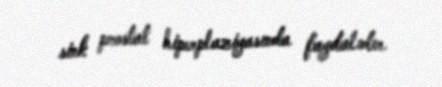
sink prostat hiperplaziyasında faydalıdır.